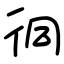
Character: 㣚